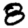
Digit: 8